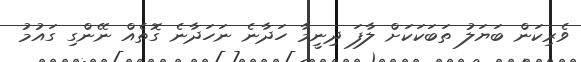
ވެރިކަން ބަޔަލު ތަބަކަކަށް ލާފަ ދިނީމާ ހަދާނެ ނަހަދާނެ ގޮތެއް ނޭންގި ގައުމު